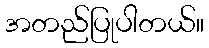
အတည်ပြုပါတယ်။